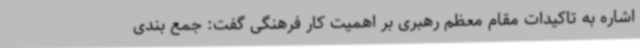
اشاره به تاکیدات مقام معظم رهبری بر اهمیت کار فرهنگی گفت: جمع بندی